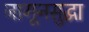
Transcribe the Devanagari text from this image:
जागूनसुद्धा